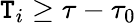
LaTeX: \mathtt{T}_{i}\ge\tau-\tau_{0}